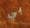
بي